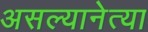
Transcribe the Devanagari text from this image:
असल्यानेत्या